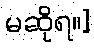
မဆိုရ။]